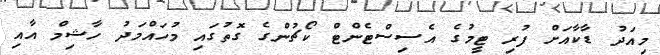
މިއަދު ޑާކާއަށް ފުރި ޓީމުގެ އެސިސްޓެންޓް ކޯޗުންގެ ގޮތުގައި މުހައްމަދު ހާޝިމް އާއި